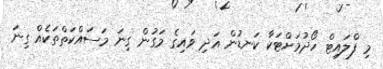
މި ފްލައިޓް ހޯދުމަށްޓަކާ ކަނޑުން އަދި ވައިގެ މަގުން ގިނަ މަސައްކަތްތަކެއް ގިނަ